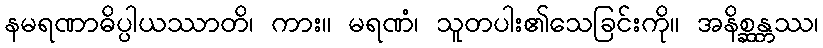
နမရဏာဓိပ္ပါယဿာတိ၊ ကား။ မရဏံ၊ သူတပါး၏သေခြင်းကို။ အနိစ္ဆန္တဿ၊